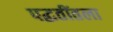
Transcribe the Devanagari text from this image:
पद्धतींतला